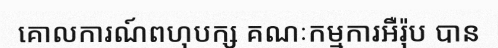
គោលការណ៍ពហុបក្ស គណៈកម្មការអឺរ៉ុប បាន